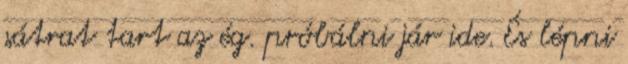
sátrat tart az ég. próbálni jár ide. És lépni